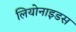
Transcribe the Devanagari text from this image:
लियोनाइडस